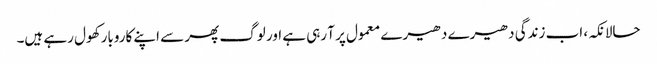
حالانکہ، اب زندگی دھیرے دھیرے معمول پر آ رہی ہے اور لوگ پھر سے اپنے کاروبار کھول رہے ہیں۔